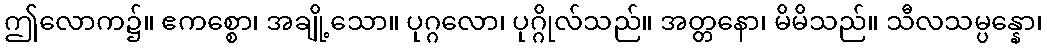
ဤလောက၌။ ဧကစ္စော၊ အချို့သော။ ပုဂ္ဂလော၊ ပုဂ္ဂိုလ်သည်။ အတ္တနော၊ မိမိသည်။ သီလသမ္ပန္နော၊